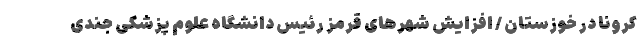
کرونا در خوزستان / افزایش شهرهای قرمز رئیس دانشگاه علوم پزشکی جندی